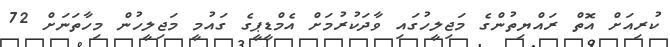
ކުރިއަށް އޮތް ރައްޔިތުންގެ މަޖިލީހުގައި ވާދަކުރުމަށް އެމްޑީޕީގެ ގައުމީ މަޖިލީހުން މިހާތަނަށް 72